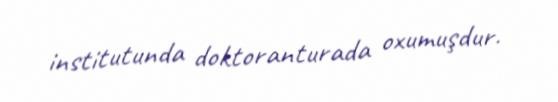
institutunda doktoranturada oxumuşdur.